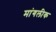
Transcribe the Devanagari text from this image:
मांगलीक